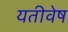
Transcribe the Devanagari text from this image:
यतीवेष